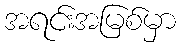
အရင်းအမြစ်မှာ